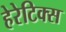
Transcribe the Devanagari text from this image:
हेरेटिक्स